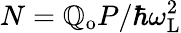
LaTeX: N=\mathbb{Q}_{\mathrm{{o}}}P/\hbar\omega_{\mathrm{{L}}}^{2}